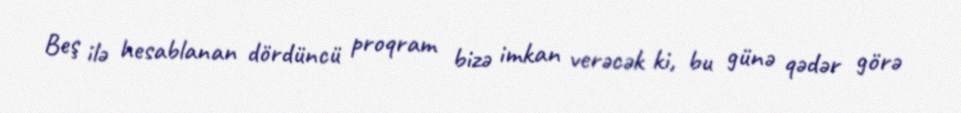
Beş ilə hesablanan dördüncü proqram bizə imkan verəcək ki, bu günə qədər görə